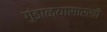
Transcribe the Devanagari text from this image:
गुंडाळ्यासारखी